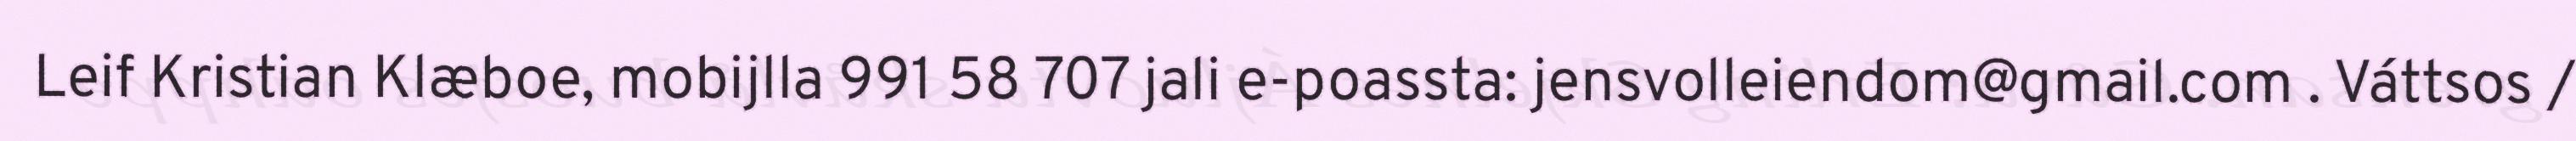
Leif Kristian Klæboe, mobijlla 991 58 707 jali e-poassta: jensvolleiendom@gmail.com . Váttsos /